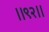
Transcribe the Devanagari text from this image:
।।९२।।